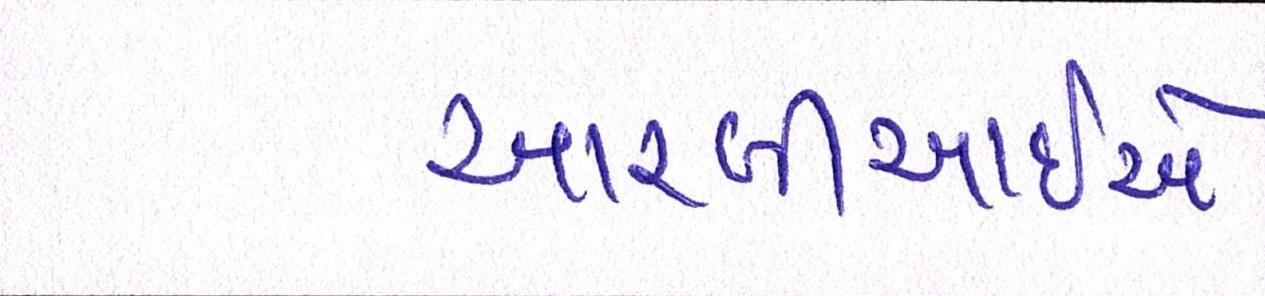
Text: આરબીઆઇએ